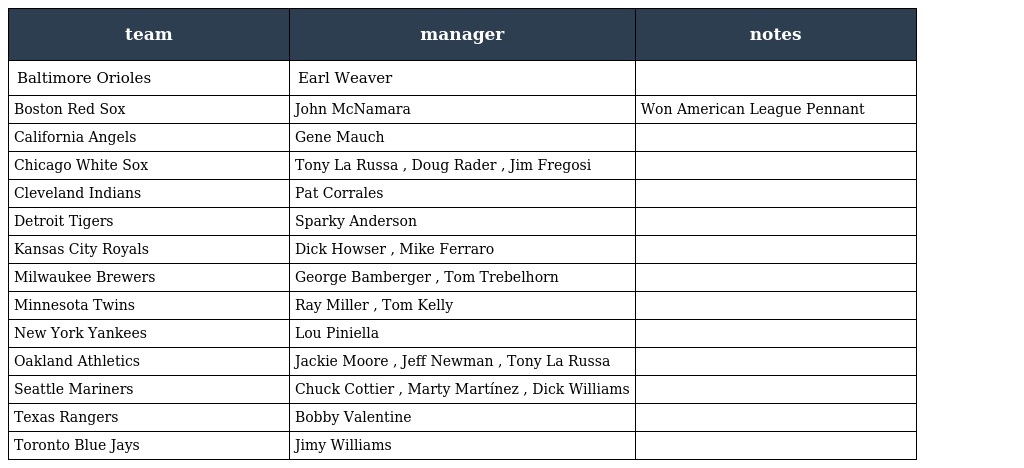
| team | manager | notes |
 | --- | --- | --- |
 | Baltimore Orioles | Earl Weaver |  |
 | Boston Red Sox | John McNamara | Won American League Pennant |
 | California Angels | Gene Mauch |  |
 | Chicago White Sox | Tony La Russa , Doug Rader , Jim Fregosi |  |
 | Cleveland Indians | Pat Corrales |  |
 | Detroit Tigers | Sparky Anderson |  |
 | Kansas City Royals | Dick Howser , Mike Ferraro |  |
 | Milwaukee Brewers | George Bamberger , Tom Trebelhorn |  |
 | Minnesota Twins | Ray Miller , Tom Kelly |  |
 | New York Yankees | Lou Piniella |  |
 | Oakland Athletics | Jackie Moore , Jeff Newman , Tony La Russa |  |
 | Seattle Mariners | Chuck Cottier , Marty Martínez , Dick Williams |  |
 | Texas Rangers | Bobby Valentine |  |
 | Toronto Blue Jays | Jimy Williams |  |